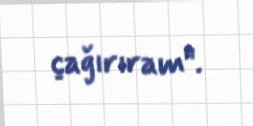
çağırıram".